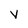
Character: v